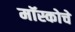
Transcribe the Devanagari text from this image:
मॉस्कोचे